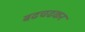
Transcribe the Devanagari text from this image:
बढचढकर